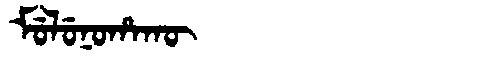
Manchu: ᠮᡠᠯᡠᠨᠣᡥᠠᡴᡡ
Romanization: MULUNOHAKŪ